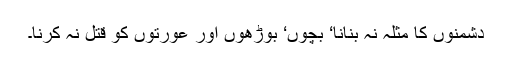
دشمنوں کا مثلہ نہ بنانا‘ بچوں‘ بوڑھوں اور عورتوں کو قتل نہ کرنا۔